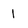
Character: 1